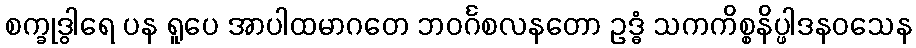
စက္ခုဒွါရေ ပန ရူပေ အာပါထမာဂတေ ဘဝင်္ဂစလနတော ဥဒ္ဓံ သကကိစ္စနိပ္ဖါဒနဝသေန